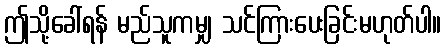
ဤသို့ခေါ်ရန် မည်သူကမျှ သင်ကြားပေးခြင်းမဟုတ်ပါ။